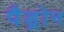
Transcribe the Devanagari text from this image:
पैड्रोन